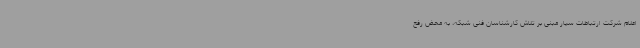
اعلام شرکت ارتباطات سیار مبنی بر تلاش کارشناسان فنی شبکه، به محض رفع